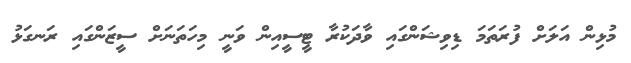
މުޅިން އަލަށް ފުރަތަމަ ޑިވިޝަންގައި ވާދަކުރާ ޓީސީއިން ވަނީ މިހަތަނަށް ސީޒަންގައި ރަނގަޅު